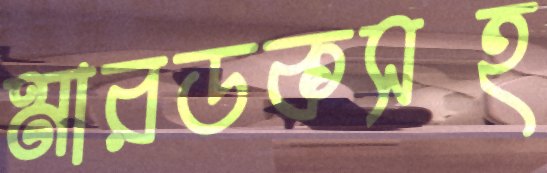
মারডকসহ